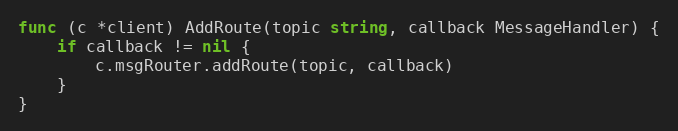
Language: Go
func (c *client) AddRoute(topic string, callback MessageHandler) {
	if callback != nil {
		c.msgRouter.addRoute(topic, callback)
	}
}